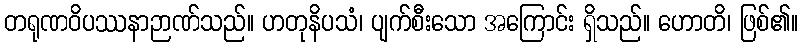
တရုဏဝိပဿနာဉာဏ်သည်။ ဟတုနိပသံ၊ ပျက်စီးသော အကြောင်း ရှိသည်။ ဟောတိ၊ ဖြစ်၏။